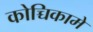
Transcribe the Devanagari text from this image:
कोच्चिकामे